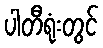
ပါတီရုံးတွင်